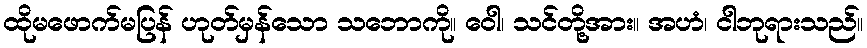
ထိုမဖောက်မပြန် ဟုတ်မှန်သော သဘောကို။ ဝေါ၊ သင်တို့အား။ အဟံ၊ ငါဘုရားသည်။